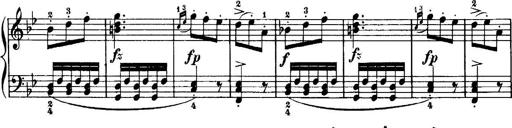
Title: 7 Sonatinas
Composer: Anton Diabelli